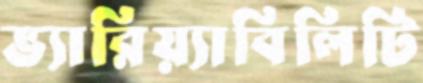
ভ্যারিয়্যাবিলিটি